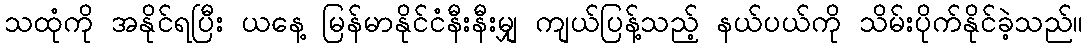
သထုံကို အနိုင်ရပြီး ယနေ့ မြန်မာနိုင်ငံနီးနီးမျှ ကျယ်ပြန့်သည့် နယ်ပယ်ကို သိမ်းပိုက်နိုင်ခဲ့သည်။